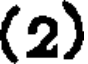
(2)